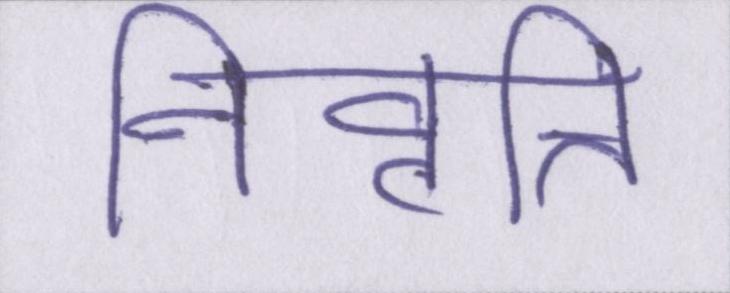
निवृत्ति